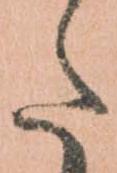
た